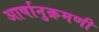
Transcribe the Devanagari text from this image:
आर्षानुक्रमणी